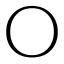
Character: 〇